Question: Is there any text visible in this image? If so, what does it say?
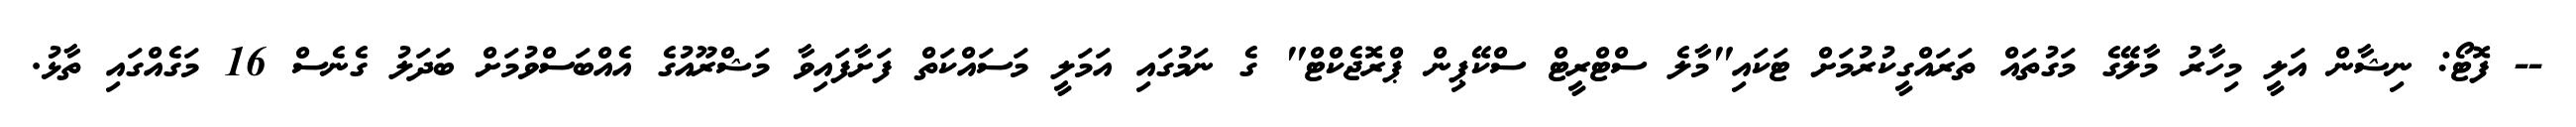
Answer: -- ފޮޓޯ: ނިޝާން އަލީ މިހާރު މާލޭގެ މަގުތައް ތަރައްގީކުރުމަށް ޓަކައި"މާލެ ސްޓްރީޓް ސްކޭޕިން ޕްރޮޖެކްޓް" ގެ ނަމުގައި އަމަލީ މަސައްކަތް ފަށާފައިވާ މަޝްރޫއުގެ އެއްބަސްވުމަށް ބަދަލު ގެނެސް 16 މަގެއްގައި ތާޅު.